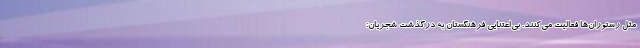
مثل رستوران‌ها فعالیت می‌کنند. بی‌اعتنایی فرهنگستان به درگذشت شجریان؛